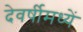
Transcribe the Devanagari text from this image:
देवर्षीमध्यें